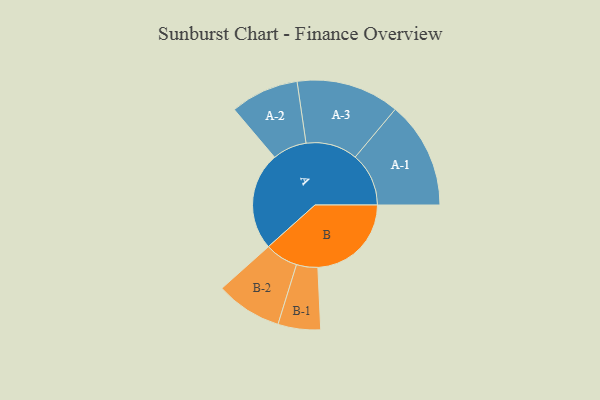
{"axis": {"x": "Segment", "y": "Value"}, "legend": ["", "A", "B"], "data": [{"x": "A", "y": 461, "type": ""}, {"x": "B", "y": 440, "type": ""}, {"x": "A-1", "y": 252, "type": "A"}, {"x": "A-2", "y": 161, "type": "A"}, {"x": "A-3", "y": 243, "type": "A"}, {"x": "B-1", "y": 100, "type": "B"}, {"x": "B-2", "y": 156, "type": "B"}]}